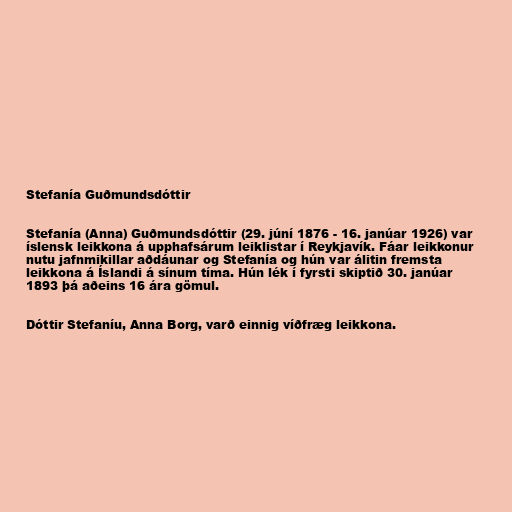
Stefanía Guðmundsdóttir

Stefanía (Anna) Guðmundsdóttir (29. júní 1876 - 16. janúar 1926) var
íslensk leikkona á upphafsárum leiklistar í Reykjavík. Fáar leikkonur
nutu jafnmikillar aðdáunar og Stefanía og hún var álitin fremsta
leikkona á Íslandi á sínum tíma. Hún lék í fyrsti skiptið 30. janúar
1893 þá aðeins 16 ára gömul.

Dóttir Stefaníu, Anna Borg, varð einnig víðfræg leikkona.